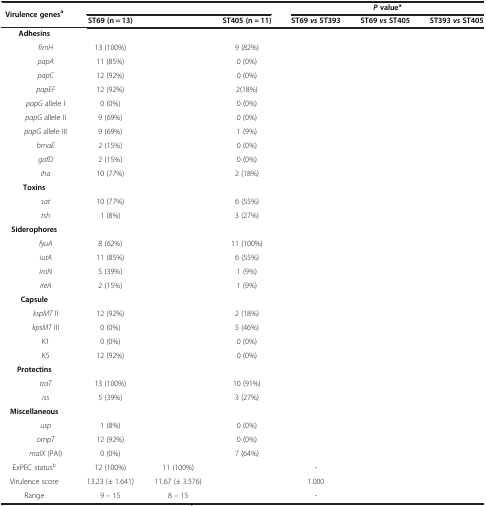
<table><thead><tr><td colspan="2" rowspan="2"><b>Virulence genes<sup>a</sup></b></td><td colspan="3">[EMPTY_CELL]</td><td colspan="3"><b><i>P </i>value<sup>a</sup></b></td></tr><tr><td><b>ST69 (n = 13)</b></td><td>[EMPTY_CELL]</td><td><b>ST405 (n = 11)</b></td><td><b>ST69 <i>vs </i>ST393</b></td><td><b>ST69 <i>vs </i>ST405</b></td><td><b>ST393 <i>vs </i>ST405</b></td></tr></thead><tbody><tr><td colspan="2"><b>Adhesins</b></td><td>[EMPTY_CELL]</td><td>[EMPTY_CELL]</td><td>[EMPTY_CELL]</td><td>[EMPTY_CELL]</td><td>[EMPTY_CELL]</td><td>[EMPTY_CELL]</td></tr><tr><td>[EMPTY_CELL]</td><td><i>fimH</i></td><td>13 (100%)</td><td>[EMPTY_CELL]</td><td>9 (82%)</td><td>[EMPTY_CELL]</td><td>[EMPTY_CELL]</td><td>[EMPTY_CELL]</td></tr><tr><td>[EMPTY_CELL]</td><td><i>papA</i></td><td>11 (85%)</td><td>[EMPTY_CELL]</td><td>0 (0%)</td><td>[EMPTY_CELL]</td><td>[EMPTY_CELL]</td><td>[EMPTY_CELL]</td></tr><tr><td>[EMPTY_CELL]</td><td><i>papC</i></td><td>12 (92%)</td><td>[EMPTY_CELL]</td><td>0 (0%)</td><td>[EMPTY_CELL]</td><td>[EMPTY_CELL]</td><td>[EMPTY_CELL]</td></tr><tr><td>[EMPTY_CELL]</td><td><i>papEF</i></td><td>12 (92%)</td><td>[EMPTY_CELL]</td><td>2(18%)</td><td>[EMPTY_CELL]</td><td>[EMPTY_CELL]</td><td>[EMPTY_CELL]</td></tr><tr><td>[EMPTY_CELL]</td><td><i>papG</i> allele I</td><td>0 (0%)</td><td>[EMPTY_CELL]</td><td>0 (0%)</td><td>[EMPTY_CELL]</td><td>[EMPTY_CELL]</td><td>[EMPTY_CELL]</td></tr><tr><td>[EMPTY_CELL]</td><td><i>papG</i> allele II</td><td>9 (69%)</td><td>[EMPTY_CELL]</td><td>0 (0%)</td><td>[EMPTY_CELL]</td><td>[EMPTY_CELL]</td><td>[EMPTY_CELL]</td></tr><tr><td>[EMPTY_CELL]</td><td><i>papG</i> allele III</td><td>9 (69%)</td><td>[EMPTY_CELL]</td><td>1 (9%)</td><td>[EMPTY_CELL]</td><td>[EMPTY_CELL]</td><td>[EMPTY_CELL]</td></tr><tr><td>[EMPTY_CELL]</td><td><i>bmaE</i></td><td>2 (15%)</td><td>[EMPTY_CELL]</td><td>0 (0%)</td><td>[EMPTY_CELL]</td><td>[EMPTY_CELL]</td><td>[EMPTY_CELL]</td></tr><tr><td>[EMPTY_CELL]</td><td><i>gafD</i></td><td>2 (15%)</td><td>[EMPTY_CELL]</td><td>0 (0%)</td><td>[EMPTY_CELL]</td><td>[EMPTY_CELL]</td><td>[EMPTY_CELL]</td></tr><tr><td>[EMPTY_CELL]</td><td><i>iha</i></td><td>10 (77%)</td><td>[EMPTY_CELL]</td><td>2 (18%)</td><td>[EMPTY_CELL]</td><td>[EMPTY_CELL]</td><td>[EMPTY_CELL]</td></tr><tr><td colspan="2"><b>Toxins</b></td><td>[EMPTY_CELL]</td><td>[EMPTY_CELL]</td><td>[EMPTY_CELL]</td><td>[EMPTY_CELL]</td><td>[EMPTY_CELL]</td><td>[EMPTY_CELL]</td></tr><tr><td>[EMPTY_CELL]</td><td><i>sat</i></td><td>10 (77%)</td><td>[EMPTY_CELL]</td><td>6 (55%)</td><td>[EMPTY_CELL]</td><td>[EMPTY_CELL]</td><td>[EMPTY_CELL]</td></tr><tr><td>[EMPTY_CELL]</td><td><i>tsh</i></td><td>1 (8%)</td><td>[EMPTY_CELL]</td><td>3 (27%)</td><td>[EMPTY_CELL]</td><td>[EMPTY_CELL]</td><td>[EMPTY_CELL]</td></tr><tr><td colspan="2"><b>Siderophores</b></td><td>[EMPTY_CELL]</td><td>[EMPTY_CELL]</td><td>[EMPTY_CELL]</td><td>[EMPTY_CELL]</td><td>[EMPTY_CELL]</td><td>[EMPTY_CELL]</td></tr><tr><td>[EMPTY_CELL]</td><td><i>fyuA</i></td><td>8 (62%)</td><td>[EMPTY_CELL]</td><td>11 (100%)</td><td>[EMPTY_CELL]</td><td>[EMPTY_CELL]</td><td>[EMPTY_CELL]</td></tr><tr><td>[EMPTY_CELL]</td><td><i>iutA</i></td><td>11 (85%)</td><td>[EMPTY_CELL]</td><td>6 (55%)</td><td>[EMPTY_CELL]</td><td>[EMPTY_CELL]</td><td>[EMPTY_CELL]</td></tr><tr><td>[EMPTY_CELL]</td><td><i>iroN</i></td><td>5 (39%)</td><td>[EMPTY_CELL]</td><td>1 (9%)</td><td>[EMPTY_CELL]</td><td>[EMPTY_CELL]</td><td>[EMPTY_CELL]</td></tr><tr><td>[EMPTY_CELL]</td><td><i>ireA</i></td><td>2 (15%)</td><td>[EMPTY_CELL]</td><td>1 (9%)</td><td>[EMPTY_CELL]</td><td>[EMPTY_CELL]</td><td>[EMPTY_CELL]</td></tr><tr><td colspan="2"><b>Capsule</b></td><td>[EMPTY_CELL]</td><td>[EMPTY_CELL]</td><td>[EMPTY_CELL]</td><td>[EMPTY_CELL]</td><td>[EMPTY_CELL]</td><td>[EMPTY_CELL]</td></tr><tr><td>[EMPTY_CELL]</td><td><i>kspMT</i> II</td><td>12 (92%)</td><td>[EMPTY_CELL]</td><td>2 (18%)</td><td>[EMPTY_CELL]</td><td>[EMPTY_CELL]</td><td>[EMPTY_CELL]</td></tr><tr><td>[EMPTY_CELL]</td><td><i>kpsMT</i> III</td><td>0 (0%)</td><td>[EMPTY_CELL]</td><td>5 (46%)</td><td>[EMPTY_CELL]</td><td>[EMPTY_CELL]</td><td>[EMPTY_CELL]</td></tr><tr><td>[EMPTY_CELL]</td><td>K1</td><td>0 (0%)</td><td>[EMPTY_CELL]</td><td>0 (0%)</td><td>[EMPTY_CELL]</td><td>[EMPTY_CELL]</td><td>[EMPTY_CELL]</td></tr><tr><td>[EMPTY_CELL]</td><td>K5</td><td>12 (92%)</td><td>[EMPTY_CELL]</td><td>0 (0%)</td><td>[EMPTY_CELL]</td><td>[EMPTY_CELL]</td><td>[EMPTY_CELL]</td></tr><tr><td colspan="2"><b>Protectins</b></td><td>[EMPTY_CELL]</td><td>[EMPTY_CELL]</td><td>[EMPTY_CELL]</td><td>[EMPTY_CELL]</td><td>[EMPTY_CELL]</td><td>[EMPTY_CELL]</td></tr><tr><td>[EMPTY_CELL]</td><td><i>traT</i></td><td>13 (100%)</td><td>[EMPTY_CELL]</td><td>10 (91%)</td><td>[EMPTY_CELL]</td><td>[EMPTY_CELL]</td><td>[EMPTY_CELL]</td></tr><tr><td>[EMPTY_CELL]</td><td><i>iss</i></td><td>5 (39%)</td><td>[EMPTY_CELL]</td><td>3 (27%)</td><td>[EMPTY_CELL]</td><td>[EMPTY_CELL]</td><td>[EMPTY_CELL]</td></tr><tr><td colspan="2"><b>Miscellaneous</b></td><td>[EMPTY_CELL]</td><td>[EMPTY_CELL]</td><td>[EMPTY_CELL]</td><td>[EMPTY_CELL]</td><td>[EMPTY_CELL]</td><td>[EMPTY_CELL]</td></tr><tr><td>[EMPTY_CELL]</td><td><i>usp</i></td><td>1 (8%)</td><td>[EMPTY_CELL]</td><td>0 (0%)</td><td>[EMPTY_CELL]</td><td>[EMPTY_CELL]</td><td>[EMPTY_CELL]</td></tr><tr><td>[EMPTY_CELL]</td><td><i>ompT</i></td><td>12 (92%)</td><td>[EMPTY_CELL]</td><td>0 (0%)</td><td>[EMPTY_CELL]</td><td>[EMPTY_CELL]</td><td>[EMPTY_CELL]</td></tr><tr><td>[EMPTY_CELL]</td><td><i>malX</i> (PAI)</td><td>0 (0%)</td><td>[EMPTY_CELL]</td><td>7 (64%)</td><td>[EMPTY_CELL]</td><td>[EMPTY_CELL]</td><td>[EMPTY_CELL]</td></tr><tr><td colspan="2">ExPEC status<sup>b</sup></td><td>12 (100%)</td><td>11 (100%)</td><td>[EMPTY_CELL]</td><td>-</td><td>[EMPTY_CELL]</td><td>[EMPTY_CELL]</td></tr><tr><td colspan="2">Virulence score</td><td>13.23 (± 1.641)</td><td>11.67 (± 3.576)</td><td>[EMPTY_CELL]</td><td>1.000</td><td>[EMPTY_CELL]</td><td>[EMPTY_CELL]</td></tr><tr><td colspan="2">Range</td><td>9 – 15</td><td>8 – 15</td><td>[EMPTY_CELL]</td><td>-</td><td>[EMPTY_CELL]</td><td>[EMPTY_CELL]</td></tr></tbody></table>